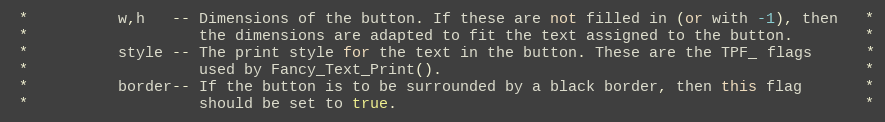
Language: C++
 *          w,h   -- Dimensions of the button. If these are not filled in (or with -1), then   *
 *                   the dimensions are adapted to fit the text assigned to the button.        *
 *          style -- The print style for the text in the button. These are the TPF_ flags      *
 *                   used by Fancy_Text_Print().                                               *
 *          border-- If the button is to be surrounded by a black border, then this flag       *
 *                   should be set to true.                                                    *